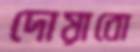
দোয়াবো